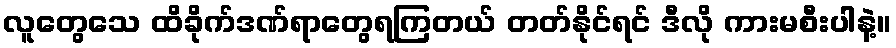
လူတွေသေ ထိခိုက်ဒဏ်ရာတွေရကြတယ် တတ်နိုင်ရင် ဒီလို ကားမစီးပါနဲ့။